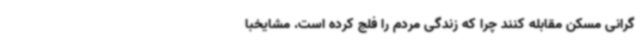
گرانی مسکن مقابله کنند چرا که زندگی مردم را فلج کرده است. مشایخبا